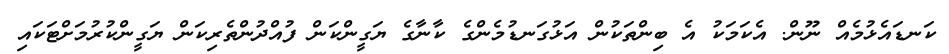
ކަނޑައެޅުމެއް ނޫން. އެކަމަކު އެ ބިންތަކުން އަޅުގަނޑުމެންގެ ކާނާގެ ޔަގީންކަން ފުއްދުންތެރިކަން ޔަގީންކުރުމަށްޓަކައި